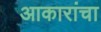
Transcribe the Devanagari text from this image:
आकारांचा